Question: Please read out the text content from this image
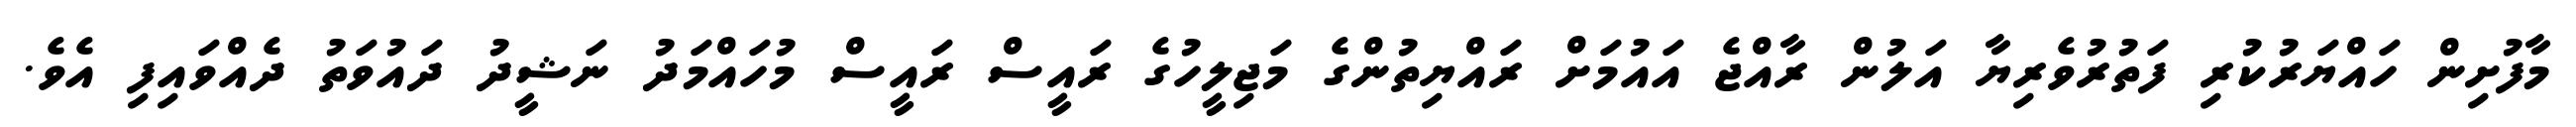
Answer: މާފުށިން ހައްޔަރުކުރި ފަތުރުވެރިޔާ އަލުން ރާއްޖެ އައުމަށް ރައްޔިތުންގެ މަޖިލީހުގެ ރައީސް ރައީސް މުހައްމަދު ނަޝީދު ދައުވަތު ދެއްވައިފި އެވެ.